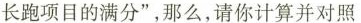
长跑项目的满分”，那么，请你计算并对照